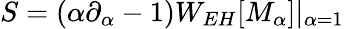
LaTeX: S=(\alpha\partial_{\alpha}-1)W_{EH}[M_{\alpha}]|_{\alpha=1}~~